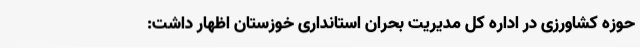
حوزه کشاورزی در اداره کل مدیریت بحران استانداری خوزستان اظهار داشت: